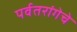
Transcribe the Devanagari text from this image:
पर्वतरांगेचे